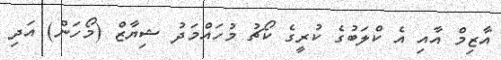
އާޒިމް އާއި އެ ކްލަބުގެ ކުރީގެ ކޯޗު މުހައްމަދު ޝިޔާޒް (މޯހަން) އަދި